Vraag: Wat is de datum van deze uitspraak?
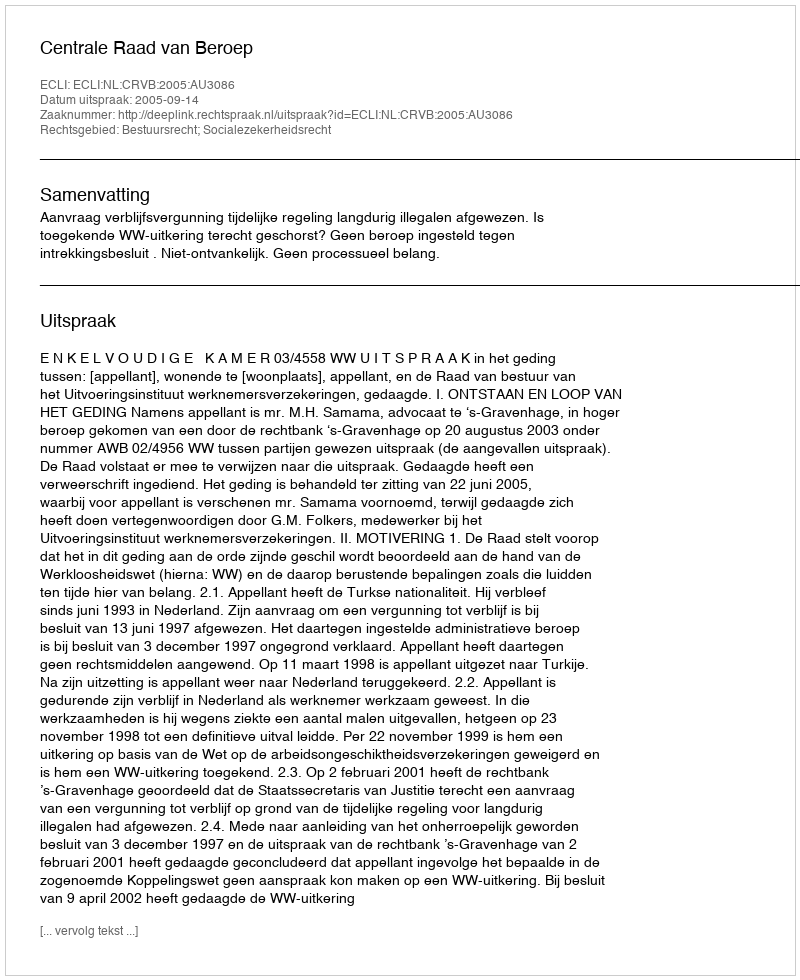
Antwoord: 2005-09-14